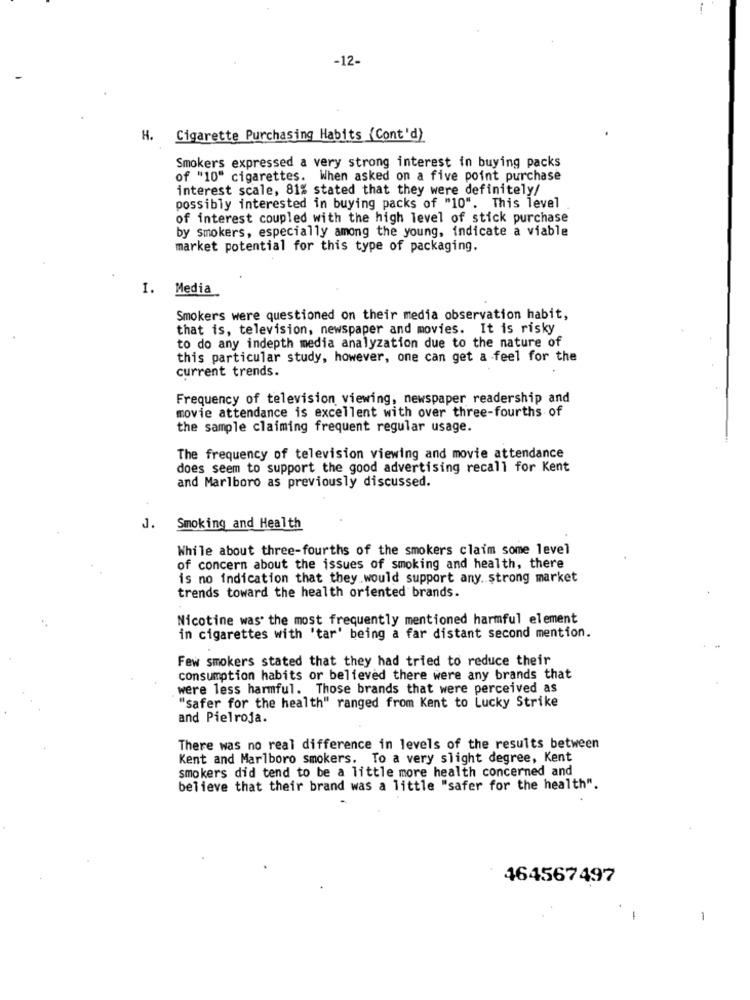
-12-
H. Cigarette Purchasing Habits (Cont'd)
Smokers expressed a very strong interest in buying packs
of "10" cigarettes. When asked on a five point purchase
interest scale, 81% stated that they were definitely/
possibly interested in buying packs of "10". This level
of interest coupled with the high level of stick purchase
by smokers, especially among the young, indicate a viable
market potential for this type of packaging.
I. Media
Smokers were questioned on their media observation habit,
that is, television, newspaper and movies. It is risky
to do any indepth media analyzation due to the nature of
this particular study, however, one can get a feel for the
current trends.
Frequency of television viewing, newspaper readership and
movie attendance is excellent with over three-fourths of
the sample claiming frequent regular usage.
The frequency of television viewing and movie attendance
does seem to support the good advertising recall for Kent
and Marlboro as previously discussed.
J.
Smoking and Health
While about three-fourths of the smokers claim some level
of concern about the issues of smoking and health, there
is no indication that they would support any. strong market
trends toward the health oriented brands.
Nicotine was the most frequently mentioned harmful element
in cigarettes with 'tar' being a far distant second mention.
Few smokers stated that they had tried to reduce their
consumption habits or believed there were any brands that
were less harmful. Those brands that were perceived as
"safer for the health" ranged from Kent to Lucky Strike
and Pielroja.
There was no real difference in levels of the results between
Kent and Marlboro smokers. To a very slight degree, Kent
smokers did tend to be a little more health concerned and
believe that their brand was a little "safer for the health".
464567497
-
1